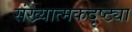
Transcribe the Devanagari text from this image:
संख्यात्मकदृष्ट्या